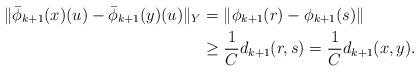
LaTeX: \begin{align*} \|\bar{\phi}_{k+1}(x)(u) - \bar{\phi}_{k+1}(y)(u)\|_Y& = \|\phi_{k+1}(r)-\phi_{k+1}(s)\|\\ &\ge \frac{1}{C}d_{k+1}(r,s) =\frac{1}{C}d_{k+1}(x,y).\end{align*}